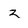
Character: 2